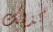
كذلك